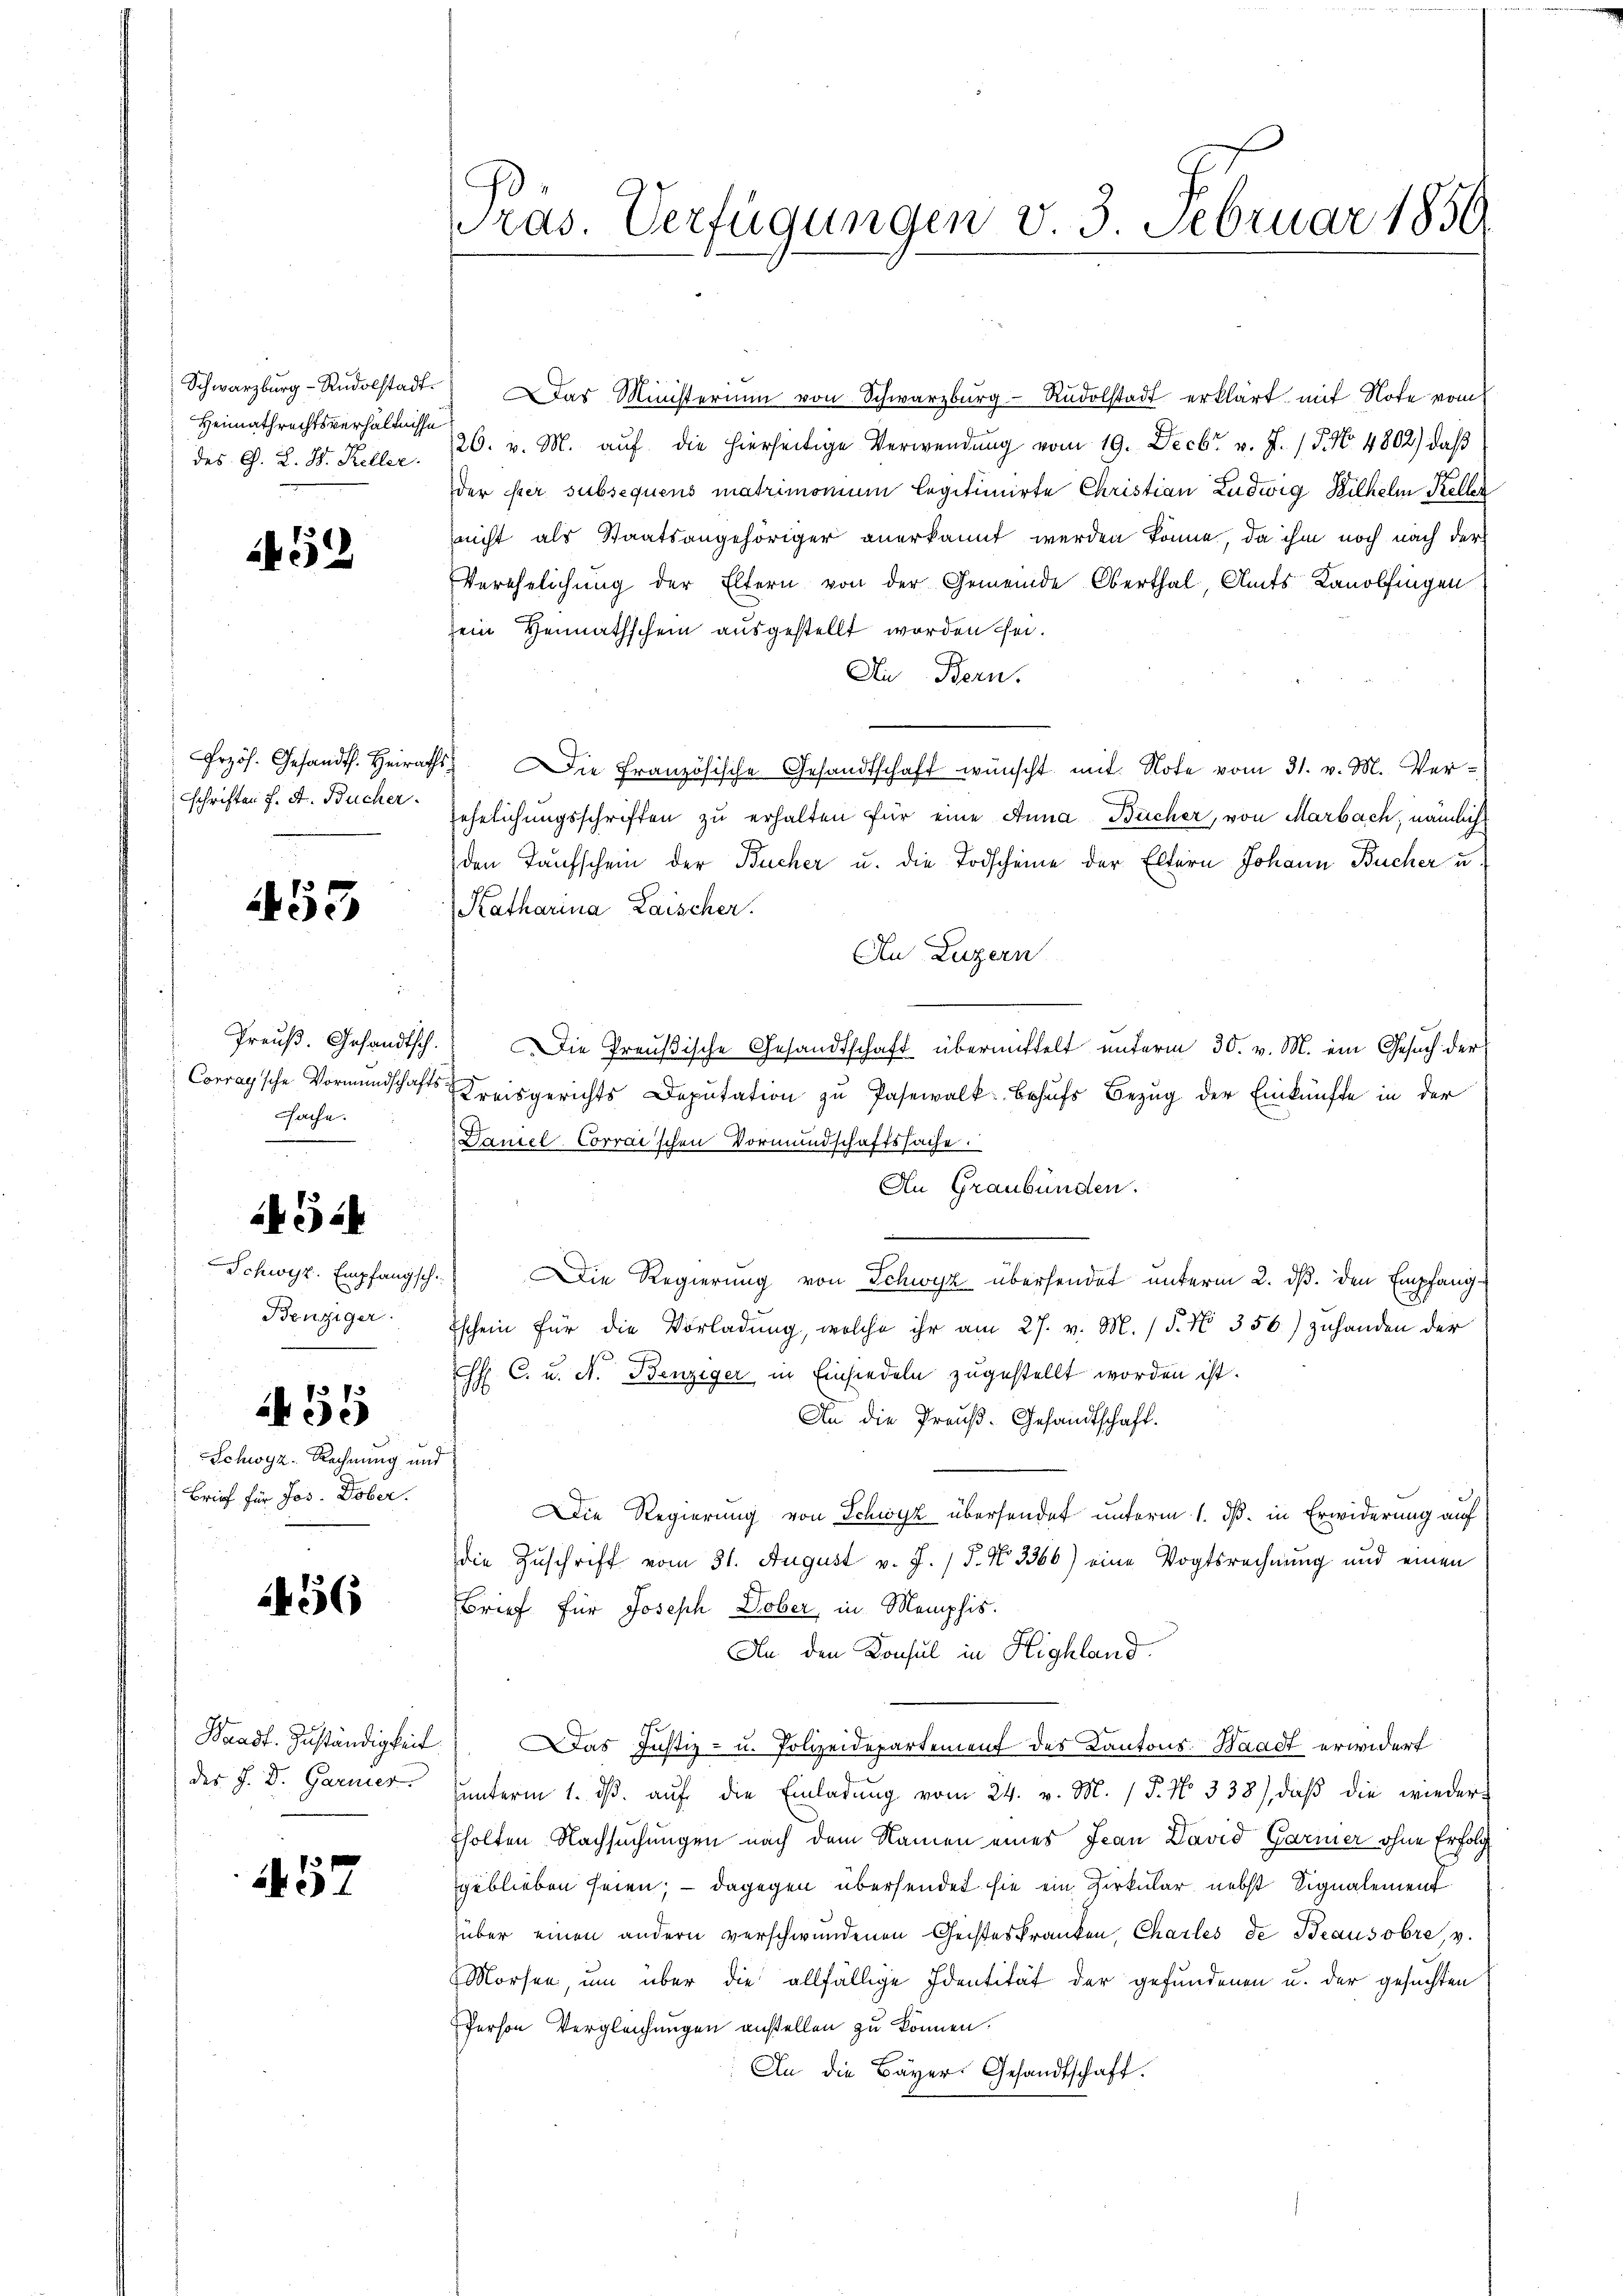
Schwarzburg - Rudolstadt.
Heimathrechtsverhältnisse
des G. L. St. Keller.

if. 32

rzös. Gesandt. Heirath
schriften f. A. Bucher.

453

Preuß. Gesandtsch
Corrag'sche Vormundschaft
Fache.

2f 5 x

Schwyz. Empfangsch
Benziger.

455

Schwyz. Rechnung und
Brief für Jos. Dober.

456

Waadt. Zuständigkeit
des J. D. Garnier

1457

ras. Verfügungen v. 3. Februar 1839.

Das Ministerium von Schwarzburg Rudolstadt erklärt mit Note vom
26. v. M. auf die hierseitige Verwendung vom 19. Decbr. v. J. / 5. No 4802) daß
der ster subsequens matrimonium legitimirte Christian Ludwig Bilhelm Kellen
nicht als Staatsangehöriger anerkannt werden könne, da ihm noch nach der
Verehelichung der Eltern von der Gemeinde Oberthal, Amts Kanolfingen
ein Heimathschein ausgestellt worden sei.
Ain Bern.
Die Französische Gesandtschaft wünscht mit Note vom 31. v. M. Ver-
jehrlichungsschriften zu erhalten für eine Anna Bücher, von Marbach, nämlich
den Taufschein der Bücher u. die Todscheine der Eltern Johann Bücher u.
Katharina Laischer.
Au Luzern
Die Preußische Gesandtschaft übermittelt unterm 30. v. M. ein Gesuch der
Kreisgerichts Deputation zu Pasewalk behufs Bezug der Einkünfte in der
Daniel Corrai'schen Vormundschaftssache.
An Graubünden.
Die Regierung von Schwyz übersendet unterm 2. ds. den Empfangschein für die Vorladung, welche ihr am 27. v. M. (§. No. 356) zuhanden der
.
H C. u. A. Benziger in Einsiedeln zugestellt worden ist.
An die Preuß. Gesandtschaft.
Die Regierung von Schwyz übersendet unterm 1. ds. in Erwiderung auf
die Zuschrift vom 31. August v. J. / 5. No. 3366) eine Vogtsrechnung und einen
Brief für Joseph Dober, in Memphis
An den Konsul in Highland.
Das Justiz- u. Polizeidepartement des Kantons-Waadt erwidert
ŭŭnterm 1. dβ aŭf die Einladŭng vom 24. v. M. / P. No 338), daβ die wieder
holten Nachsuchungen nach dem Namen eines Jean David Garmer ohne Erfolg
geblieben seien; — dagegen übersendet sie ein Zirkular nebst Signalement
über einen andern verschwundenen Geisteskranken, Chailes de Beausobre, v.
Morfen, um über die allfällige Identität der gefundenen u. der gesuchten
Person Vergleichungen anstellen zu können.
An die Bayer Gesandtschaft.